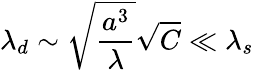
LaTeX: \lambda_{d}\sim\sqrt{\frac{a^{3}}{\lambda}}\sqrt{C}\ll\lambda_{s}